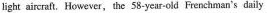
light aircraft, However, the 58-year-cld Frenchman's daily